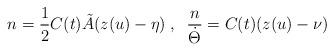
LaTeX: \begin{align*}n=\frac{1}{2} C(t) \tilde{A} (z(u)-\eta) \; , \;\;\frac{n}{\dot{\Theta}} = C(t) (z(u)-\nu)\end{align*}